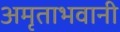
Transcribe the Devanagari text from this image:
अमृताभवानी